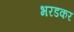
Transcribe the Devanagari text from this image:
भरडकर